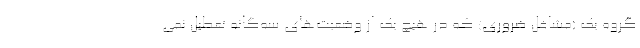
گروه یک (مشاغل ضروری) که در هیچ یک از وضعیت‌های سه‌گانه تعطیل نمی